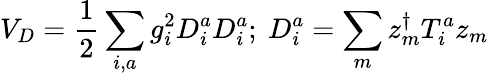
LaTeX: V_{D}=\frac{1}{2}\sum_{i,a}g_{i}^{2}D_{i}^{a}D_{i}^{a};~D_{i}^{a}=\sum_{m}z_{m}^{\dagger}T_{i}^{a}z_{m}